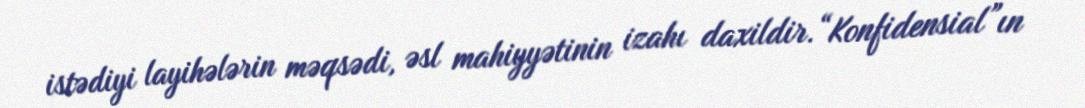
istədiyi layihələrin məqsədi, əsl mahiyyətinin izahı daxildir.“Konfidensial”ın